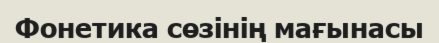
Фонетика сөзінің мағынасы